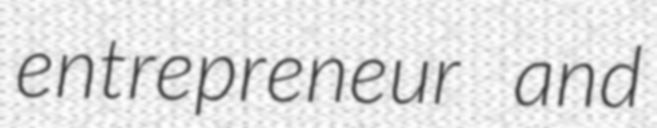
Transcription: entrepreneur and